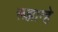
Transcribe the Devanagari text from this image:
रूझान्हे